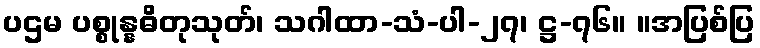
ပဌမ ပစ္စုန္နဓိတုသုတ်၊ သဂါထာ-သံ-ပါ-၂၇၊ ဋ္ဌ-၇၆။ ။အပြစ်ပြ